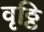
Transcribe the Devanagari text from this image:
वृठ्ठि